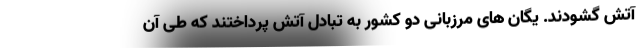
آتش گشودند. یگان های مرزبانی دو کشور به تبادل آتش پرداختند که طی آن